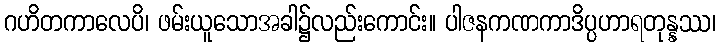
ဂဟိတကာလေပိ၊ ဖမ်းယူသောအခါ၌လည်းကောင်း။ ပါဇနကဏကာဒိပ္ပဟာရတုန္နဿ၊